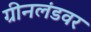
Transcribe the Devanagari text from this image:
ग्रीनलंडवर